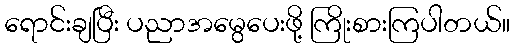
ရောင်းချပြီး ပညာအမွေပေးဖို့ ကြိုးစားကြပါတယ်။